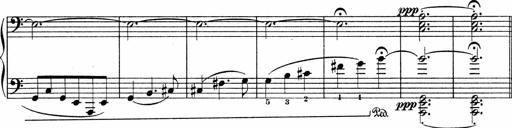
Title: Sonatina No.4
Composer: Abram Kimmell
Key: E minor